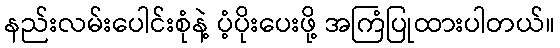
နည်းလမ်းပေါင်းစုံနဲ့ ပံ့ပိုးပေးဖို့ အကြံပြုထားပါတယ်။